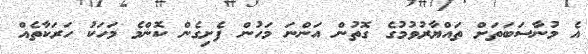
އެ މުނާސަބަތަށް ތައްޔާރުވުމުގެ ގޮތުން އަންނަ މަހުން ފެށިގެން ކޮންމެ މަހަކު ހަރަކާތެއް